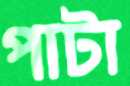
পাটা